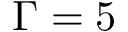
\Gamma = 5